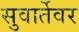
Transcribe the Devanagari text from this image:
सुवार्तेवर